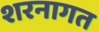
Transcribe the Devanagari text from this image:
शरनागत